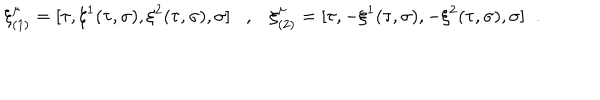
\xi _ { ( 1 ) } ^ { \mu } = [ \tau , \xi ^ { 1 } ( \tau , \sigma ) , \xi ^ { 2 } ( \tau , \sigma ) , \sigma ] , \xi _ { ( 2 ) } ^ { \mu } = [ \tau , - \xi ^ { 1 } ( \tau , \sigma ) , - \xi ^ { 2 } ( \tau , \sigma ) , \sigma ] \; \; .